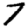
Digit: 7